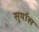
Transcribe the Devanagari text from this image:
सूर्यास